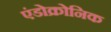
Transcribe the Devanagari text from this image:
एंडोक्रोनिक